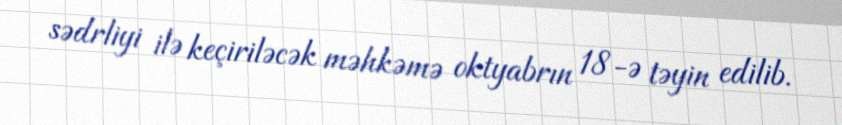
sədrliyi ilə keçiriləcək məhkəmə oktyabrın 18-ə təyin edilib.